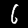
Label: 6